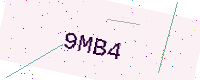
Text: 9MB4